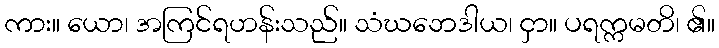
ကား။ ယော၊ အကြင်ရဟန်းသည်။ သံဃဘေဒါယ၊ ငှာ။ ပရက္ကမတိ၊ ၏။